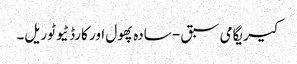
کیریگامی سبق - سادہ پھول اور کارڈ ٹیوٹوریل۔